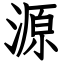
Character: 源